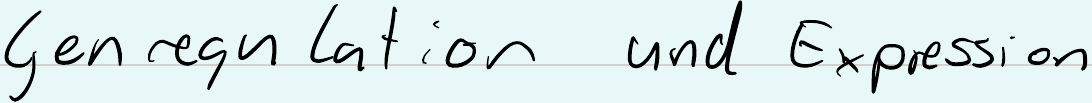
Genregulation und Expression